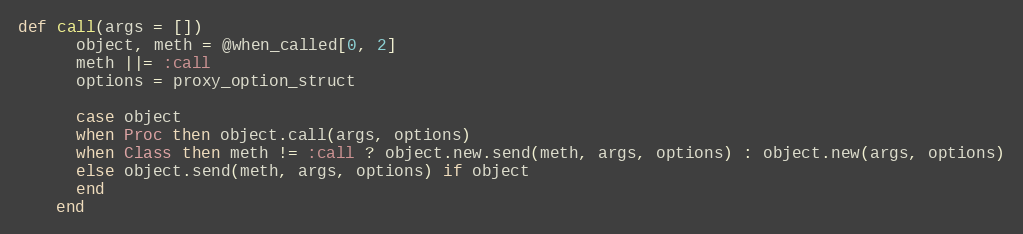
Language: Ruby
def call(args = [])
      object, meth = @when_called[0, 2]
      meth ||= :call
      options = proxy_option_struct

      case object
      when Proc then object.call(args, options)
      when Class then meth != :call ? object.new.send(meth, args, options) : object.new(args, options)
      else object.send(meth, args, options) if object
      end
    end